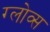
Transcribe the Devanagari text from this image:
ग्लोव्स